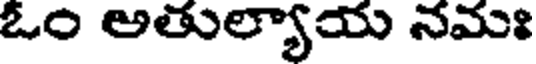
ఓం అతుల్యాయ నమః